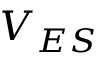
V _ { E S }